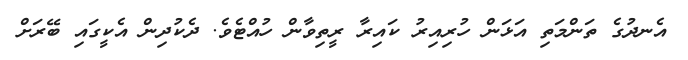
އެނދުގެ ތަންމަތި އަޅަން ހުރިއިރު ކައިރާ ރީތިވާން ހުއްޓެވެ. ދެކުދިން އެކީގައި ބޭރަށް